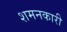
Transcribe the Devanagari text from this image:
शमनकारी